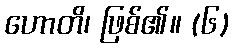
ဟောတိ၊ ဖြစ်၏။ (၆)